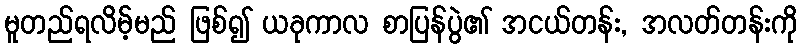
မူတည်ရလိမ့်မည် ဖြစ်၍ ယခုကာလ စာပြန်ပွဲ၏ အငယ်တန်း, အလတ်တန်းကို